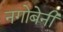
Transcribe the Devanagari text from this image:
नगोबेनी